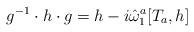
LaTeX: \begin{align*}g^{-1} \cdot h \cdot g = h - i \hat \omega_1^a [T_a, h]\end{align*}